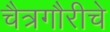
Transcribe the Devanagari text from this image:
चैत्रगौरीचे